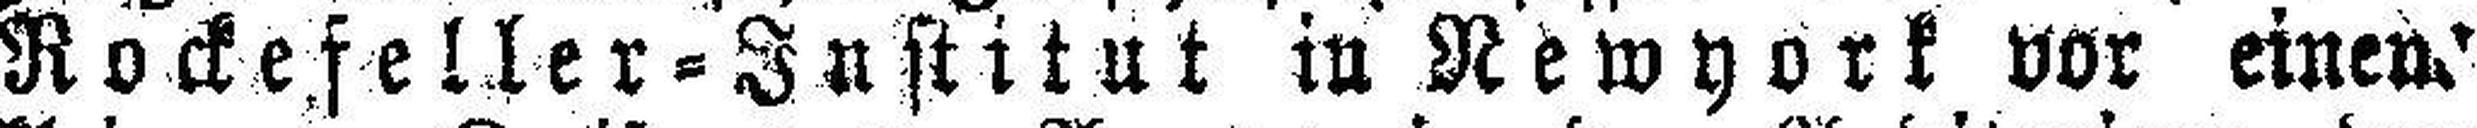
Rockefeller=Institut in Newyork vor einem